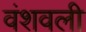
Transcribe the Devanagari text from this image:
वंशवली